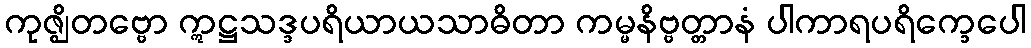
ကုဇ္ဈိတဗ္ဗော ဣဋ္ဌသဒ္ဒပရိယာယသာဓိတာ ကမ္မနိဗ္ဗတ္တာနံ ပါကာရပရိက္ခေပေါ